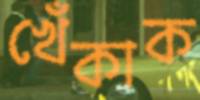
খেঁকাক